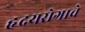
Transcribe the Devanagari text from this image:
हृदयरोगाचे